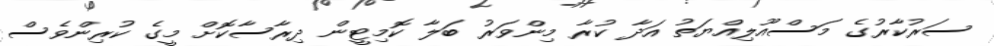
ސަރުކާރުގެ މަސްއޫލިއްޔަތު އަދާ ކުރާ މިންވަރު ބަލާ ކޮމިޓީން ދިރާސާކޮށް މީގެ ކުރިންވެސް